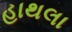
હાથલા